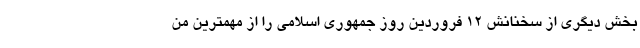
بخش دیگری از سخنانش ۱۲ فروردین روز جمهوری اسلامی را از مهمترین من